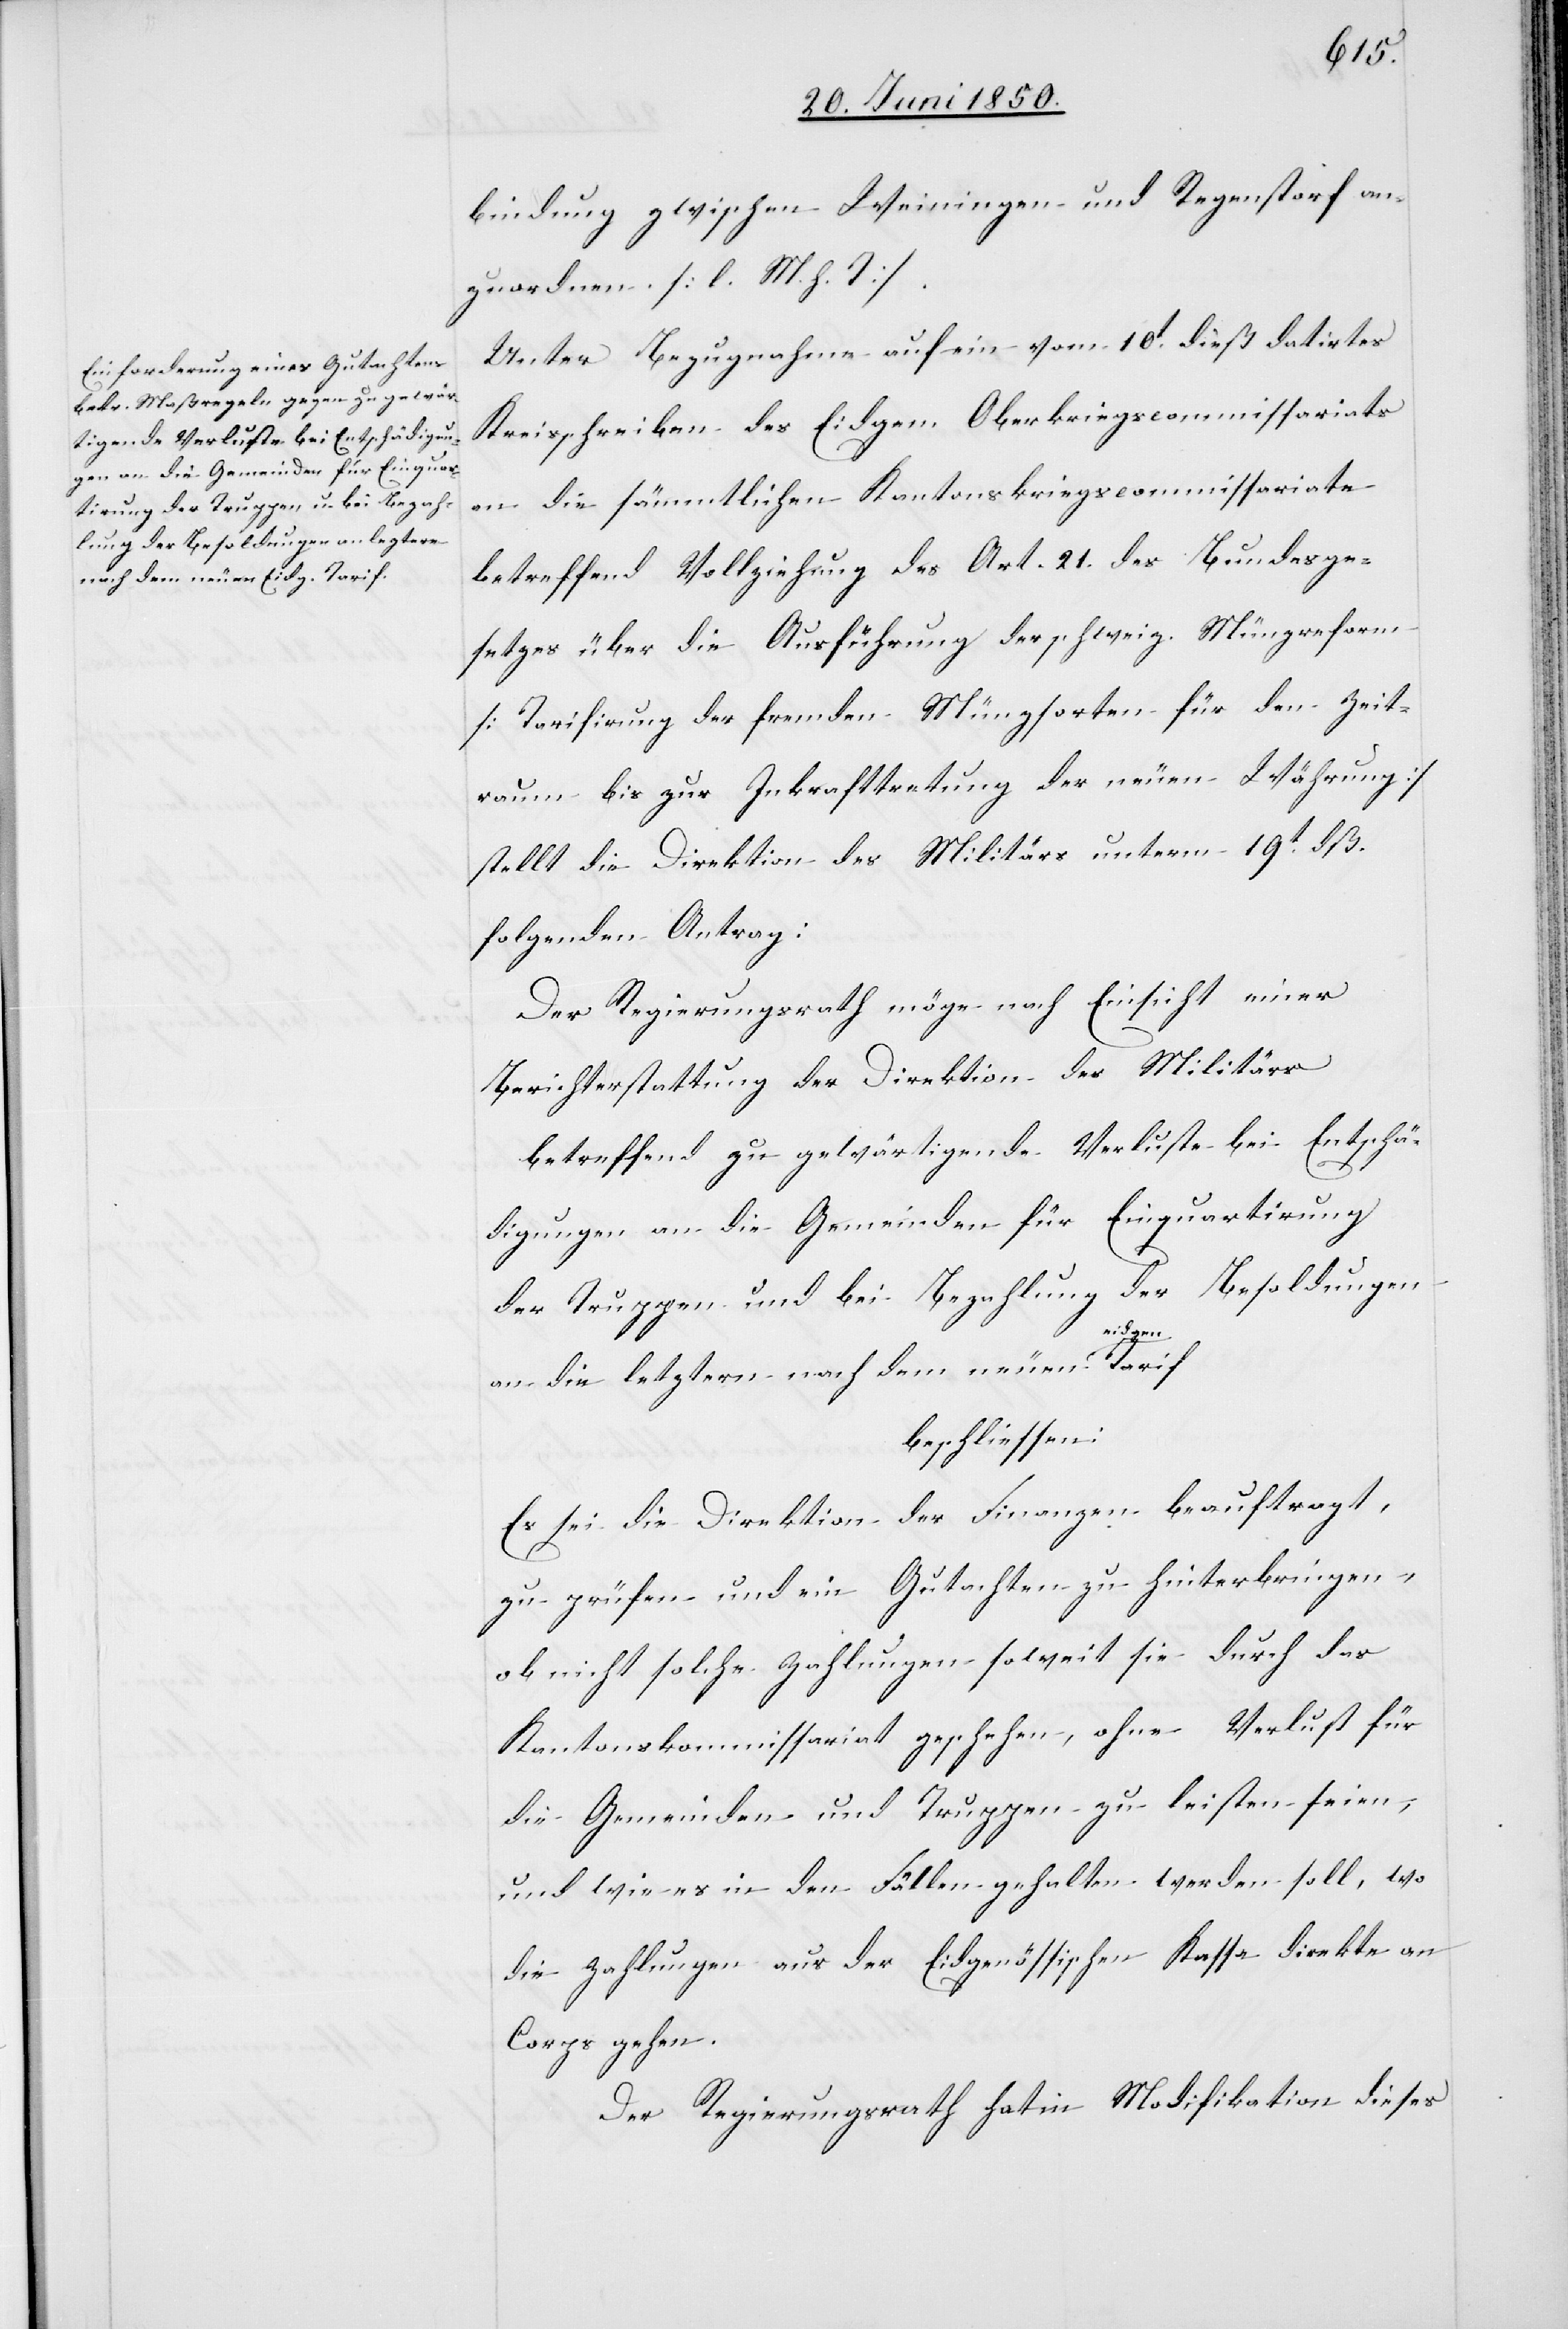
bindung zwischen Weiningen und Regenstorf an¬
zuordnen. [l. M. h. T]
Unter Bezugnahme auf ein vom 10t dieß datirtes
Kreisschreiben des Eidgen. Oberkriegscommissariats
an die sämmtlichen Kantonskriegscommissariate
betreffend Vollziehung des Art. 21. des Bundesge¬
setzes über die Ausführung der schweiz. Münzreform
[Tarifirung der fremden Münzsorten für den Zeit¬
raum bis zur Inkrafttretung der neuen Währung]
stellt die Direktion des Militärs unterm 19t dß.
folgenden Antrag:
Der Regierungsrath möge nach Einsicht einer
Berichterstattung der Direktion des Militärs
betreffend zu gewärtigende Verluste bei Entschä¬
digungen an die Gemeinden für Einquartirung
der Truppen und bei Bezahlung der Besoldungen
dgen.
an die letztern nach dem neuen ei¬
beschliessen:
Es sei die Direktion der Finanzen beauftragt,
zu prüfen und ein Gutachten zu hinterbringen,
ob nicht solche Zahlungen soweit sie durch das
Kantonskommissariat geschehen, ohne Verlust für
die Gemeinden und Truppen zu leisten seien,
und wie es in den Fällen gehalten werden soll, wo
die Zahlungen aus der Eidgenössischen Kassa direkte an
Corps gehen.
Der Regierungsrath hat in Modifikation dieses